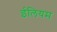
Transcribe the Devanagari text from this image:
ईलियम